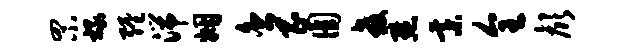
罘禄缠湍姻舍昌圆教默綦全颜